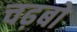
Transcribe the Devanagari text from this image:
चढ़बो